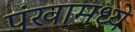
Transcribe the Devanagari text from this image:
पंखामध्ये